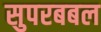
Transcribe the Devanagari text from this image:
सुपरबबल